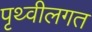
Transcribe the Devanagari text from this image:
पृथ्वीलगत